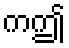
ကဤ